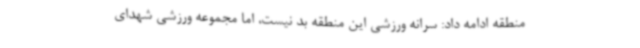
منطقه ادامه داد: سرانه ورزشی این منطقه بد نیست، اما مجموعه ورزشی شهدای